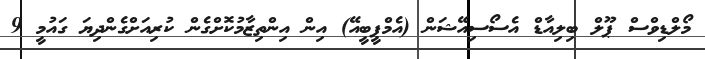
މޯލްޑިވްސް ޕޫލް ބިލިއާޑް އެސޯސިއޭޝަން (އެމްޕީބީއޭ) އިން އިންތިޒާމުކޮށްގެން ކުރިއަށްގެންދިޔަ ގައުމީ 9